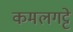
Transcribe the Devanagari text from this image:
कमलगट्टे